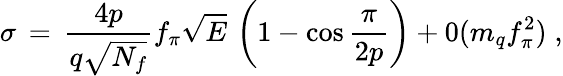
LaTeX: \sigma\, =\, \frac{4p}{q\sqrt{N_{f}}}f_{\pi}\sqrt{E}\, \left(1-\cos\frac{\pi}{2p}\right)+0(m_{q}f_{\pi}^{2})\; ,